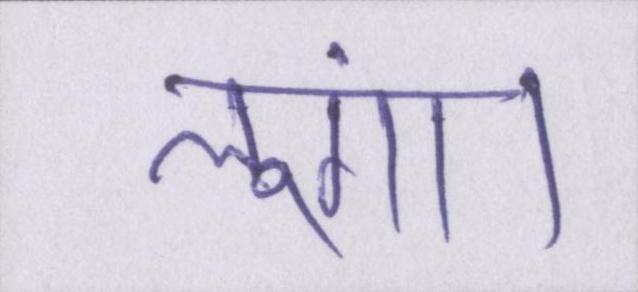
लूंगा।